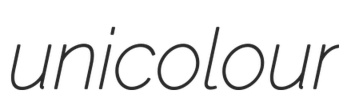
unicolour